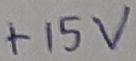
Text: +15V